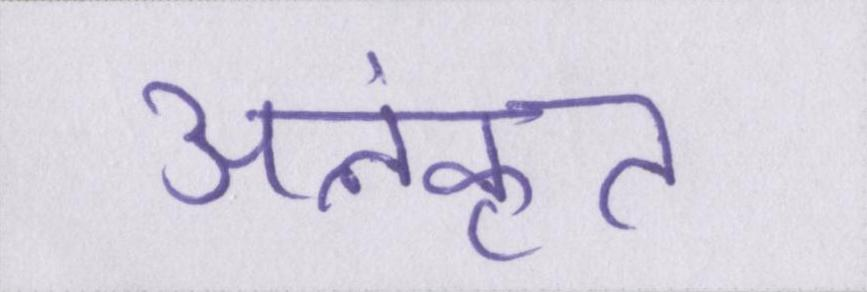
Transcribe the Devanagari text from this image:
अलंकृत